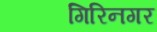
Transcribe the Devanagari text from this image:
गिरिनगर